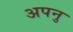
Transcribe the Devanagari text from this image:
अपनु